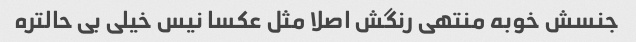
جنسش خوبه منتهی رنگش اصلا مثل عکسا نیس خیلی بی حالتره